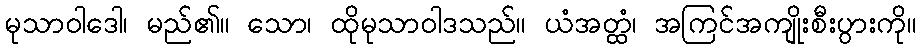
မုသာဝါဒေါ၊ မည်၏။ သော၊ ထိုမုသာဝါဒသည်။ ယံအတ္ထံ၊ အကြင်အကျိုးစီးပွားကို။